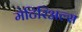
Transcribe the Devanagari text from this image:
मेटिरिअल्स